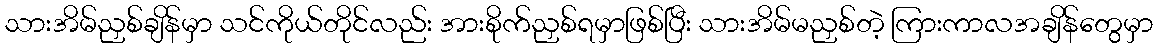
သားအိမ်ညှစ်ချိန်မှာ သင်ကိုယ်တိုင်လည်း အားစိုက်ညှစ်ရမှာဖြစ်ပြီး သားအိမ်မညှစ်တဲ့ ကြားကာလအချိန်တွေမှာ